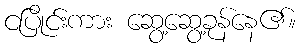
ငပြိုင်းကား ဆွေ့ဆွေ့ခုန်နေ၏။